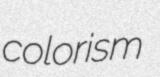
colorism